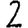
Digit: 2